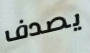
يصدف